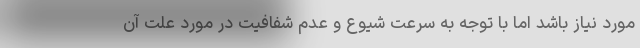
مورد نیاز باشد اما با توجه به سرعت شیوع و عدم شفافیت در مورد علت آن